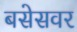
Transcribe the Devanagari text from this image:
बसेसवर